Annual report on the working of the mental hospitals in the Madras Presidency - 1912-1932
Year: 1912
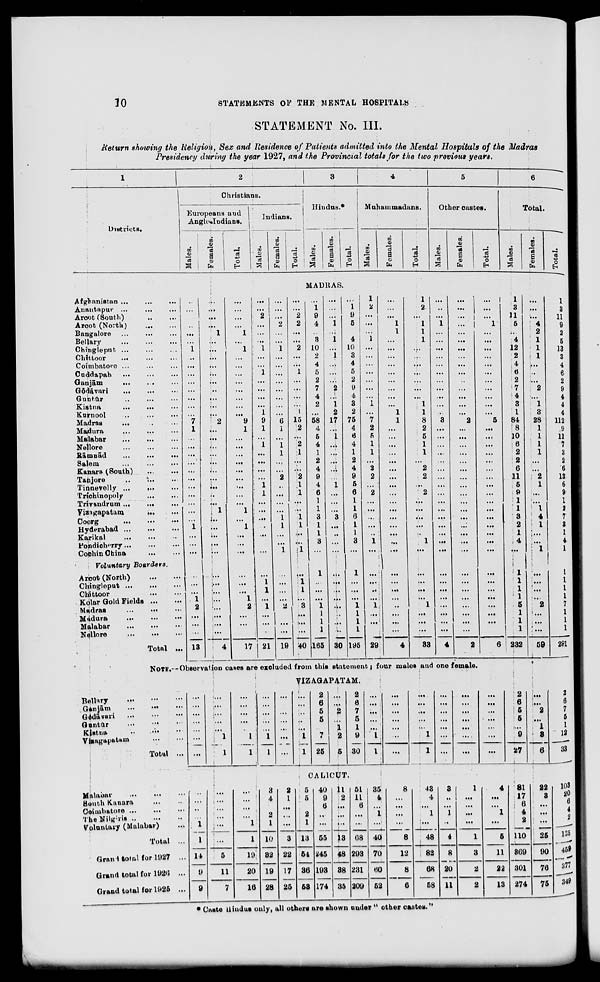
10
STATEMENTS OF THE MENTAL HOSPITALS
STATEMENT No. III.
Return showing the Religion, Sex and Residence of Patients admitted into the Mental Hospitals of the Madras
Presidency during the year 1927, and the Provincial totals for the two previous years.
1
Districts.
2
Christians.
Europeans and
Anglo-Indians.
Males.
Females.
Total.
Indians.
Males.
Females.
Total.
3
Hindus.*
Males.
Females.
Total.
4
Muhammadans.
Males.
Females.
Total.
5
Other castes.
Males.
Females.
Total.
6
Total.
Males.
Females.
Total.
MADRAS.
Afghanistan ... ... ...
Anantapur ... ... ...
Arcot (South) ... ... ...
Arcot (North) ... ... ...
Bangalore
...
...
...
Bellary ... ... ...
Chingleput ... ... ...
Chittoor
...
...
...
Coimbatore ... ... ...
Cuddapah
...
...
...
Ganjām ... ... ...
Gōdāvari ... ... ...
Guntūr ... ... ...
Kistna ... ... ...
Kurnool
...
...
...
Madras
...
...
...
Madura ... ... ...
Malabar ... ... ...
Nellore ... ... ...
Rāmnād
...
...
...
Salem ... ... ...
Kanara (South) ... ... ...
Tanjore ... ... ...
Tinnevelly ... ... ...
Trichinopoly
...
...
...
Trivandrum
...
...
...
Vizagapatam
...
...
...
Coorg
...
...
...
Hyderabad
...
...
...
Karikal ... ... ...
Pondicherry
...
...
...
Cochin China
...
...
...
Voluntary
Boarders.
Arcot
(North)
...
...
Chingleput... ... ...
Chittoor
...
...
...
Kolar Gold Fields... ...
Madras ... ... ...
Madura
...
...
...
Malabar
...
...
...
Nellore... ... ...
Total ...
..
...
...
..
...
...
1
..
...
...
...
...
...
...
...
7
1
...
...
...
...
...
...
...
...
...
...
...
1
...
...
...
...
...
...
1
2
...
...
...
13
...
...
...
...
1
...
...
...
...
...
...
...
...
...
...
2
...
...
...
...
...
...
...
...
...
...
1
...
...
...
...
...
...
...
...
...
...
...
...
...
4
...
...
...
...
1
...
1
...
...
...
...
...
...
...
...
9
1
...
...
...
...
...
...
...
...
...
1
...
1
...
...
...
...
...
...
1
2
1
...
...
17
...
...
2
...
...
...
1
...
...
1
...
...
...
...
1
9
1
...
1
...
...
...
...
1
1
...
...
...
...
...
...
...
...
1
1
...
1
...
...
...
21
...
...
...
2
...
...
1
...
...
...
...
...
...
...
...
6
1
...
1
1
...
...
2
..
...
...
...
1
1
...
...
1
...
...
...
...
2
...
...
...
19
...
...
2
2
...
...
2
...
...
1
...
...
...
...
1
15
2
...
2
1
...
...
2
1
1
...
...
1
1
...
...
1
...
1
1
...
3
...
....
...
40
...
1
9
4
...
3
10
2
4
5
2
7
4
2
...
58
4
5
4
1
2
4
9
4
6
1
1
3
1
1
3
...
1
...
...
...
1
1
1
1
165
...
...
...
1
...
i
...
1
...
...
...
2
....
1
2
17
...
1
...
...
...
...
...
1
...
...
...
3
...
...
...
...
...
...
...
...
...
...
...
...
30
...
1
9
5
...
4
10
3
4
5
2
9
4
3
2
75
4
6
4
1
2
4
9
5
6
1
1
6
1
1
3
...
1
...
...
...
1
1
1
1
195
1
2
...
...
...
1
...
...
...
...
...
...
...
1
...
7
2
5
1
1
...
2
2
...
2
...
...
...
...
...
1
...
...
...
...
...
1
...
...
...
29
...
...
...
1
1
...
...
...
...
...
...
...
...
...
1
1
...
...
...
...
...
...
...
...
...
...
...
...
...
...
...
...
...
...
...
...
..
...
...
...
4
1 2
...
1
1
1
...
...
...
...
...
...
...
1
1
8
2
5
1
1
...
2
2
...
2
...
...
...
...
...
1
...
...
...
...
1
...
...
...
33
...
..
...
1
...
...
...
...
...
...
...
...
...
...
...
3
...
...
...
...
...
...
...
...
...
...
...
...
...
...
...
...
...
...
...
...
...
...
...
...
4
...
...
...
...
...
...
...
...
...
...
...
...
...
...
...
2
...
...
...
...
...
...
...
...
...
...
...
...
...
...
...
...
...
...
...
...
...
...
...
...
2
...
...
...
1
...
...
...
...
...
...
...
...
...
...
...
5
...
...
...
...
...
...
...
...
...
...
...
...
...
...
...
...
...
...
...
...
...
...
...
...
6
1
3
11
5
...
4
12
2
4
6
2
7
4
3
1
84
8
10
6
2
2
6
11
5
9
1
1
3
2
1
4
...
1
1
1
1
5
1
1
1
232
...
...
...
4
2
1
1
1
...
...
...
2
...
1
3
28
1
1
1
1
...
...
2
1
...
...
1
4
1
...
...
1
...
...
...
...
2
...
...
...
59
1
3
11
9
2
5
13
3
4
6
2
9
4
4
4
112
9
11
7
3
2
6
13
6
9
1
2
7
3
1
4
1
1
1
1
1
7
1
1
1
291
NOTE.-Observation cases are excluded from this statement ; four males and one female.
VIZAGAPATAM.
Bellary
...
...
...
Ganjām
...
...
...
Gōdāvari
...
...
...
Guntūr
...
...
...
Kistna
...
...
...
Vizagapatam ... ...
Total ...
...
...
...
...
...
...
...
...
...
...
...
...
1
1
...
...
...
...
...
1
1
...
...
...
...
...
1
1
...
...
...
...
...
...
...
...
...
...
...
...
1
1
2
6
5
5
...
7
25
...
...
2
...
1
2
5
2
6
7
5
1
9
30
...
...
...
...
...
1
1
...
...
...
...
...
...
...
...
...
...
...
...
1
1
...
...
...
...
...
...
...
...
...
...
...
..
...
...
...
...
...
...
...
...
...
2
6
5
...
...
9
27
...
...
2
...
1
3
6
2
6
7
5
1
12
33
CALICUT.
Malabar
...
...
...
South Kanara ... ...
Coimbatore
...
...
...
The Nilgiris ... ... ...
Voluntary (Malabar)
Total ...
Grand total for 1927 ...
Grand total for 1926 ...
Grand total for 1925 ...
...
...
...
1
1
14
9
9
...
...
...
...
5
11
7
...
...
...
...
1
1
19
20
16
3
4
...
2
1
10
82
19
28
2
1
...
...
...
3
22
17
25
5
5
...
2
1
13
54
36
53
40
9
6
...
...
55
245
193
174
11
2
...
...
...
13
48
3
35
51
11
6
...
...
68
293
231
209
35
4
1
...
...
40
70
60
5
8
...
...
...
...
8
12
8
6
43
4
1
...
...
48
82
68
58
3
...
1
...
...
4
8
20
11
1
...
...
...
...
1
3
2
2
4
...
...
1
...
5
11
22
13
81
17
6
4
2
110
369
301
274
22
3
...
...
...
25
90
76
75
103
20
6
4
2
135
459
377
349
* Caste Hindus only, all others are shown under " other castes."